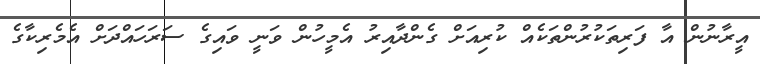
އީރާނުން އާ ފަރިތަކުރުންތަކެއް ކުރިއަށް ގެންދާއިރު އެމީހުން ވަނީ ވައިގެ ސަރަހައްދަށް އެމެރިކާގެ